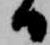
日